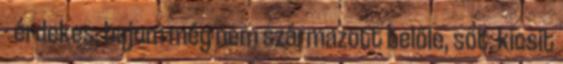
- érdekes, bajom még nem származott belőle, sőt, kicsit